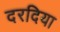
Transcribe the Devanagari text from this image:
दरदिया